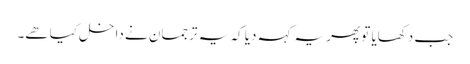
جب دکھایا تو پھر یہ کہہ دیا کہ یہ ترجمان نے داخل کیا ھے۔